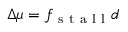
\Delta \mu = f _ { \mathrm { ~ s ~ t ~ a ~ l ~ l ~ } } d